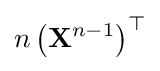
n\left(\mathbf {X} ^{n-1}\right)^{\top }